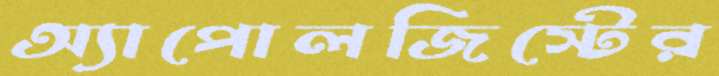
অ্যাপোলজিস্টের